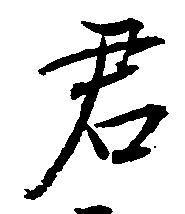
君